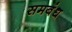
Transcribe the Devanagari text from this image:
समबंध